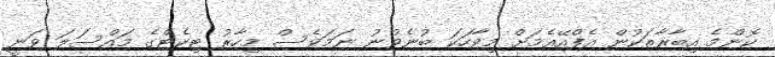
ކޮންމެ އިބާރާތަކުން އެފްއޭއެމަށް މިވާހަކަ ބުނެވުނު ނަމަވެސް މިހާރު ޓިކެޓްގެ މައްސަލަ ވަނީ